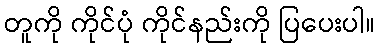
တူကို ကိုင်ပုံ ကိုင်နည်းကို ပြပေးပါ။